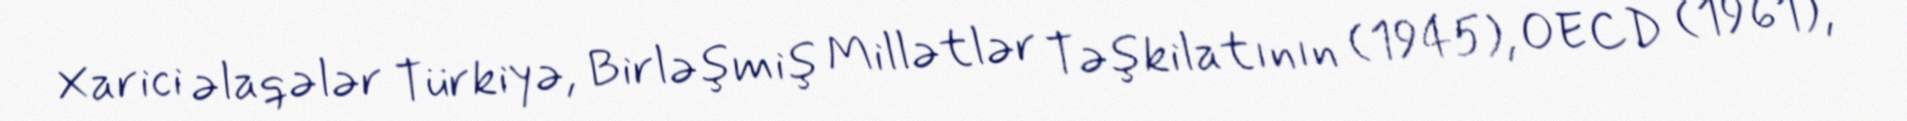
Xarici əlaqələr Türkiyə, Birləşmiş Millətlər Təşkilatının (1945), OECD (1961),